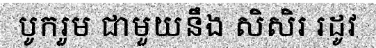
បូករួម ជាមួយនឹង សិសិរ រដូវ